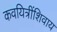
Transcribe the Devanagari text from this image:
कवयित्रींशिवाय